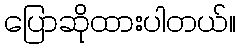
ပြောဆိုထားပါတယ်။